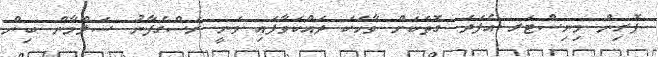
ފޮރިން މިނިސްޓަރ އެފަދަ ގޮތަކަށް ވާހަކަ ދައްކަވާފައި ވަނީ ރަސްގެފާނު ސަލްމާން ބިން